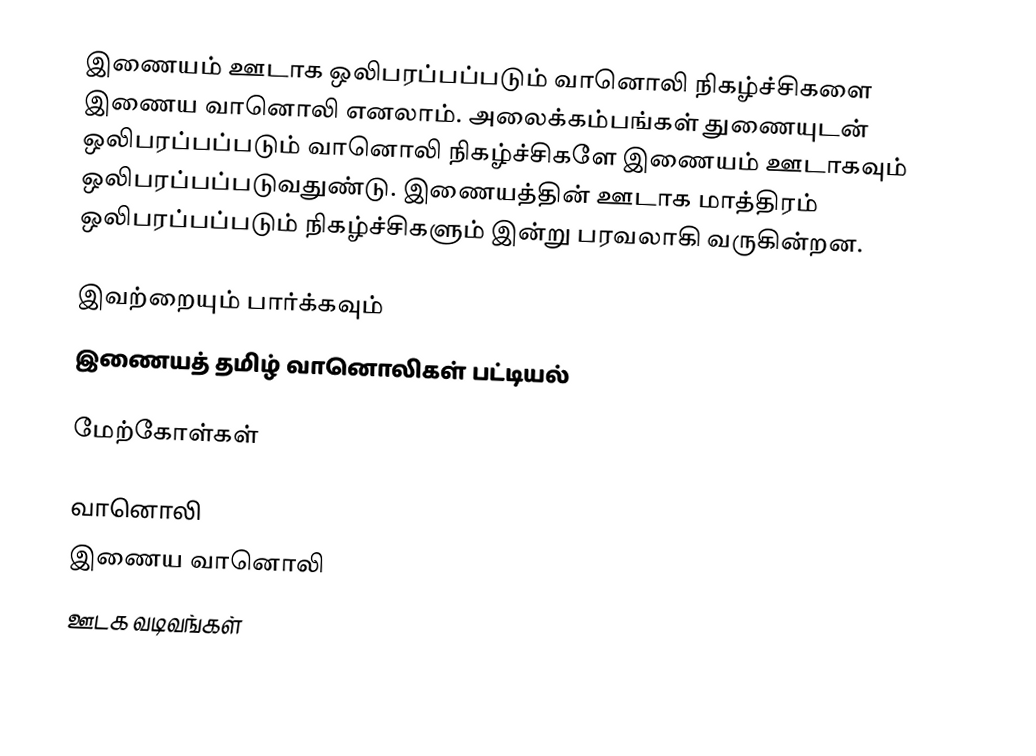
இணையம் ஊடாக ஒலிபரப்பப்படும் வானொலி நிகழ்ச்சிகளை இணைய வானொலி எனலாம். அலைக்கம்பங்கள் துணையுடன் ஒலிபரப்பப்படும் வானொலி நிகழ்ச்சிகளே இணையம் ஊடாகவும் ஒலிபரப்பப்படுவதுண்டு. இணையத்தின் ஊடாக மாத்திரம் ஒலிபரப்பப்படும் நிகழ்ச்சிகளும் இன்று பரவலாகி வருகின்றன.

இவற்றையும் பார்க்கவும்
 இணையத் தமிழ் வானொலிகள் பட்டியல்

மேற்கோள்கள்

வானொலி
இணைய வானொலி
ஊடக வடிவங்கள்